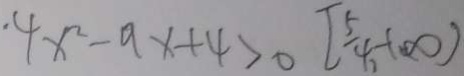
\cdot 4 x ^ { 2 } - 9 x + 4 > 0 [ \frac { 5 } { 4 } , - ( \infty )